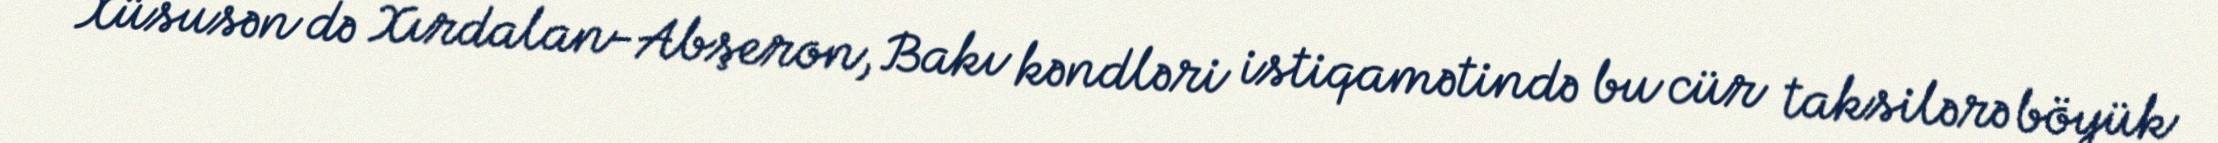
Xüsusən də Xırdalan-Abşeron, Bakı kəndləri istiqamətində bu cür taksilərə böyük